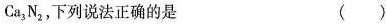
Ca_{3}N_{2},下列说法正确的是 ()